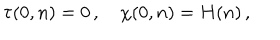
\tau ( 0 , n ) = 0 \, , \quad \chi ( 0 , n ) = H ( n ) \, ,